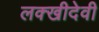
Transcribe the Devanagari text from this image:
लक्खीदेवी